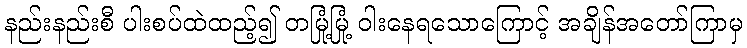
နည်းနည်းစီ ပါးစပ်ထဲထည့်၍ တမြုံ့မြုံ့ ဝါးနေရသောကြောင့် အချိန်အတော်ကြာမှ